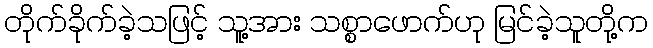
တိုက်ခိုက်ခဲ့သဖြင့် သူ့အား သစ္စာဖောက်ဟု မြင်ခဲ့သူတို့က